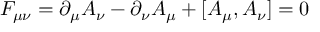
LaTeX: F _ { \mu \nu } = \partial _ { \mu } A _ { \nu } - \partial _ { \nu } A _ { \mu } + [ A _ { \mu } , A _ { \nu } ] = 0